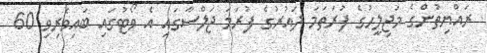
ރައްޔިތުންގެ މަޖިލީހުގެ ފުރަތަމަ ދައުރުގެ ފުރަމަ ޖަލްސާގައި އެ ވޯޓުގައި ބައިވެރިވި 60